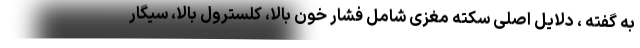
به گفته ، دلایل اصلی سکته مغزی شامل فشار خون بالا، کلسترول بالا، سیگار